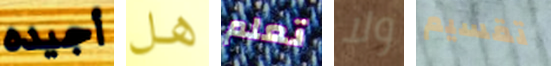
أجيده هل تعلم ولا تقسيم